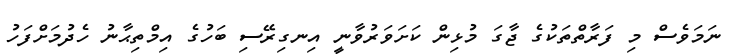
ނަމަވެސް މި ފަރާތްތަކުގެ ޖާގަ މުޅިން ކަށަވަރުވާނީ އިނގިރޭސި ބަހުގެ އިމްތިޙާނު ހެދުމަށްފަހު